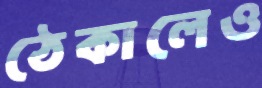
ঠেকালেও